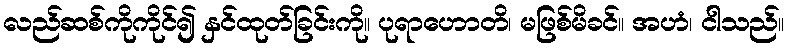
လည်ဆစ်ကိုကိုင်၍ နှင်ထုတ်ခြင်းကို။ ပုရာဟောတိ၊ မဖြစ်မိခင်။ အဟံ၊ ငါသည်။